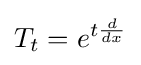
T_{t}=e^{t{\frac {d}{dx}}}